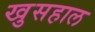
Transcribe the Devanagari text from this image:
खुसहाल